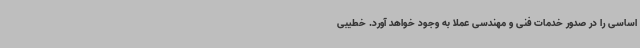
اساسی را در صدور خدمات فنی و مهندسی عملا به وجود خواهد آورد. خطیبی